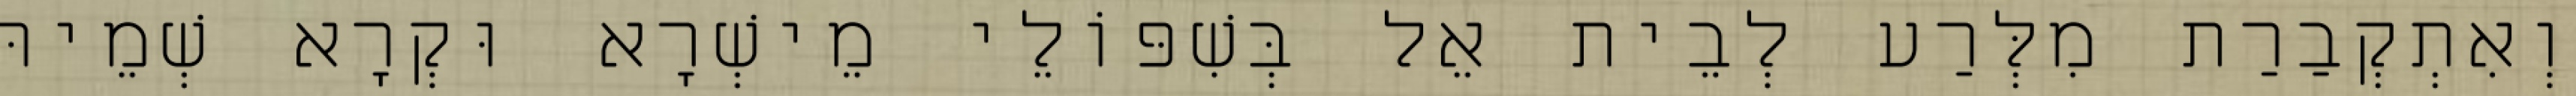
וְאִתְקְבַרַת מִלְּרַע לְבֵית אֵל בְּשִׁפּוֹלֵי מֵישְׁרָא וּקְרָא שְׁמֵיהּ